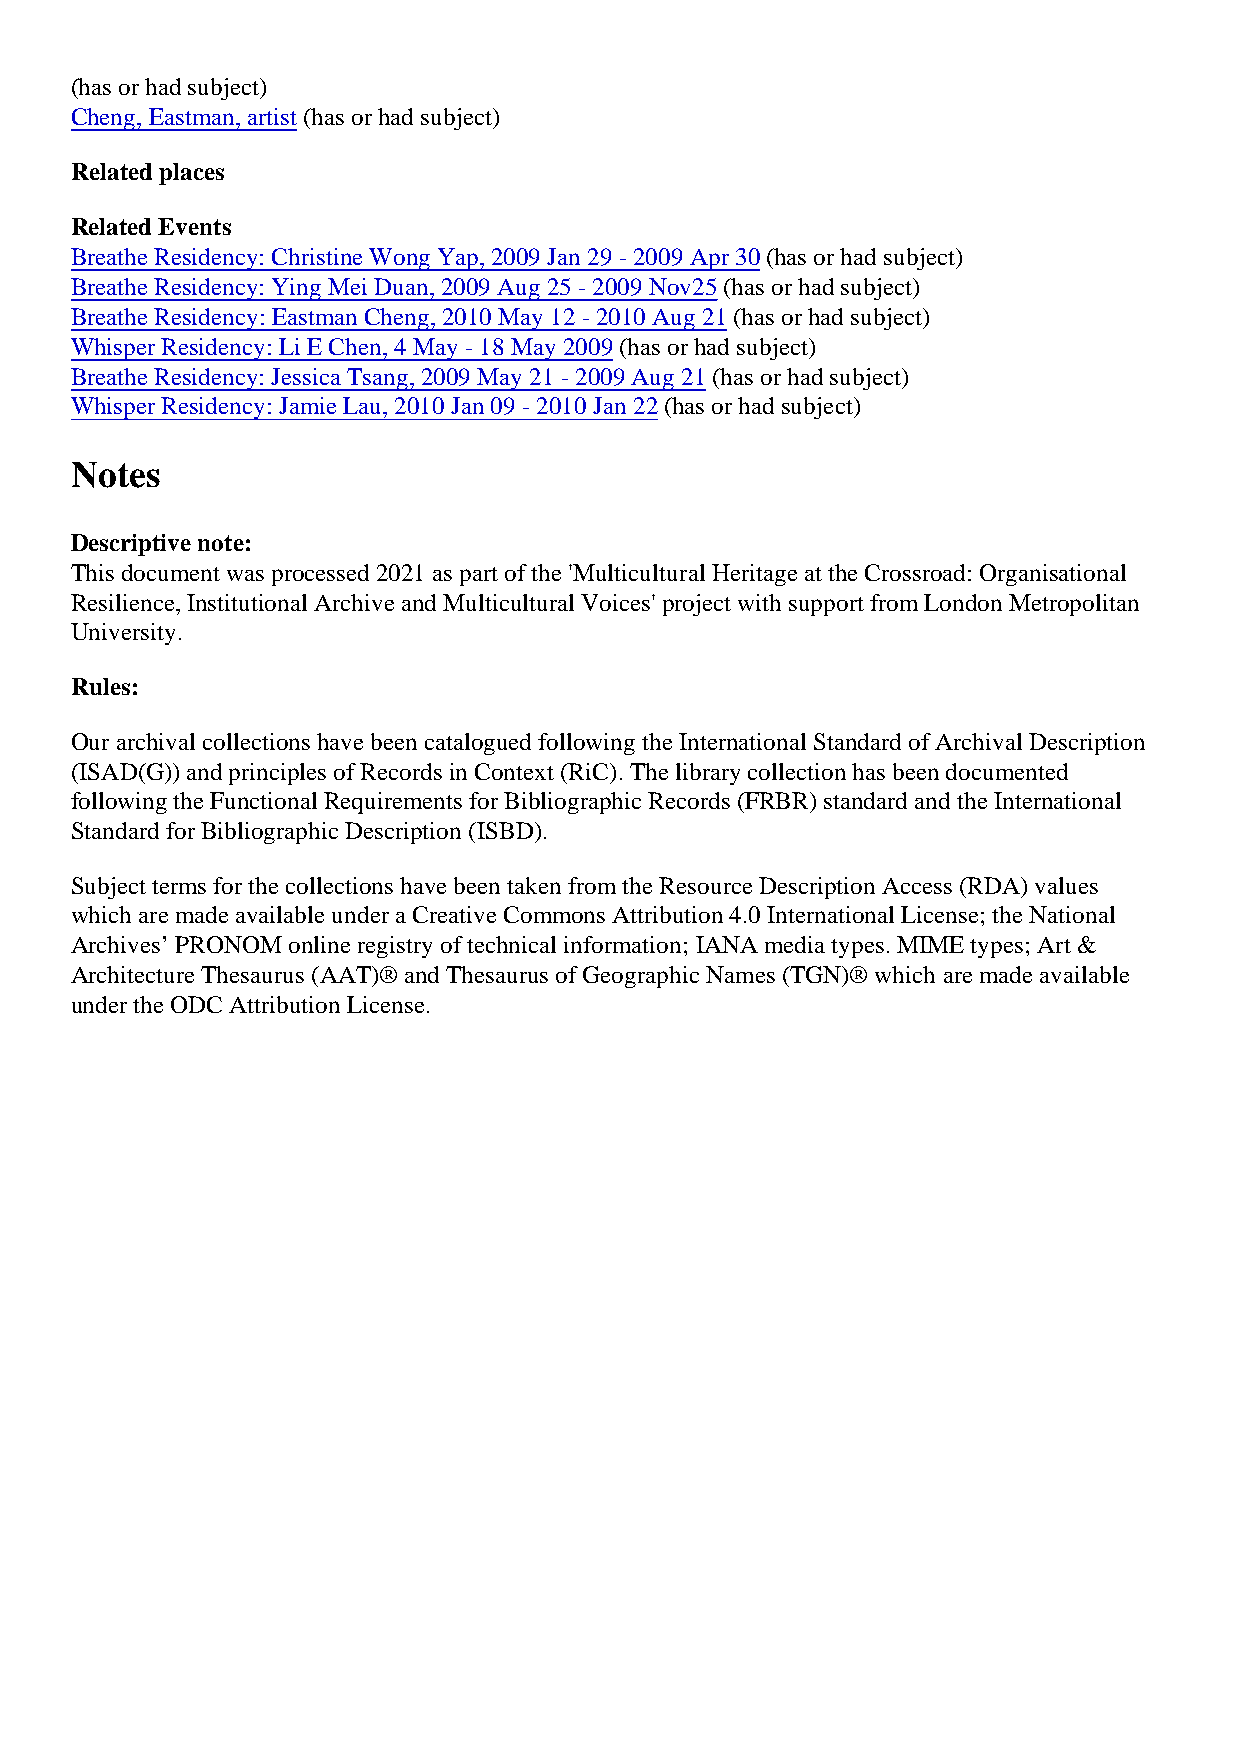
(has or had subject)
 Cheng, Eastman, artist (has or had subject)
 Related places
 Related Events
 Breathe Residency: Christine Wong Yap, 2009 Jan 29 - 2009 Apr 30 (has or had subject)
 Breathe Residency: Ying Mei Duan, 2009 Aug 25 - 2009 Nov25 (has or had subject)
 Breathe Residency: Eastman Cheng, 2010 May 12 - 2010 Aug 21 (has or had subject)
 Whisper Residency: Li E Chen, 4 May - 18 May 2009 (has or had subject)
 Breathe Residency: Jessica Tsang, 2009 May 21 - 2009 Aug 21 (has or had subject)
 Whisper Residency: Jamie Lau, 2010 Jan 09 - 2010 Jan 22 (has or had subject)
 Notes
 Descriptive note:
 This document was processed 2021 as part of the 'Multicultural Heritage at the Crossroad: Organisational
 Resilience, Institutional Archive and Multicultural Voices' project with support from London Metropolitan
 University.
 Rules:
 Our archival collections have been catalogued following the International Standard of Archival Description
 (ISAD(G)) and principles of Records in Context (RiC). The library collection has been documented
 following the Functional Requirements for Bibliographic Records (FRBR) standard and the International
 Standard for Bibliographic Description (ISBD).
 Subject terms for the collections have been taken from the Resource Description Access (RDA) values
 which are made available under a Creative Commons Attribution 4.0 International License; the National
 Archives’ PRONOM online registry of technical information; IANA media types. MIME types; Art &
 Architecture Thesaurus (AAT)® and Thesaurus of Geographic Names (TGN)® which are made available
 under the ODC Attribution License.